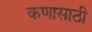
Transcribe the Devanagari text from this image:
कणासाठी